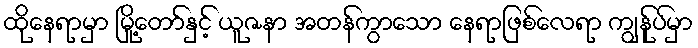
ထိုနေရာမှာ မြို့တော်နှင့် ယူဇနာ အတန်ကွာသော နေရာဖြစ်လေရာ ကျွန်ုပ်မှာ